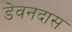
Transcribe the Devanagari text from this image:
डेवनदास